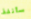
سأنفذ